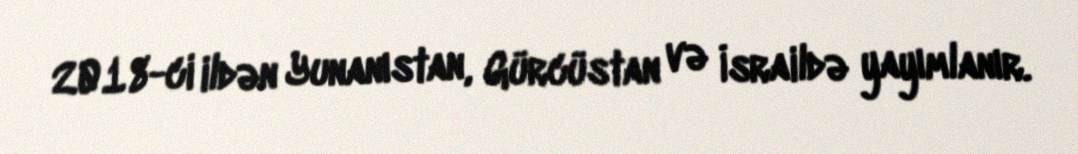
2018-ci ildən Yunanıstan, Gürcüstan və İsraildə yayımlanır.